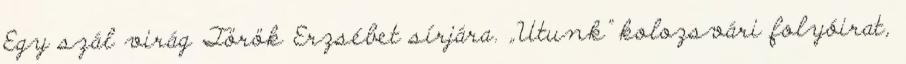
Egy szál virág Török Erzsébet sírjára. „Utunk” kolozsvári folyóirat,